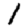
Digit: 1